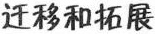
迁移和拓展